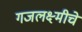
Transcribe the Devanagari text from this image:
गजलक्ष्मीचे